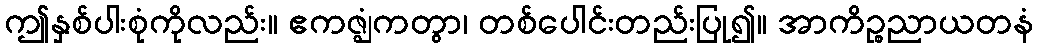
ဤနှစ်ပါးစုံကိုလည်း။ ဧကဇ္ဈံကတွာ၊ တစ်ပေါင်းတည်းပြု၍။ အာကိဉ္စညာယတနံ